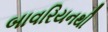
બાવરિયનથી